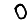
Digit: 0